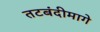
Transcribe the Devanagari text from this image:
तटबंदीमागे